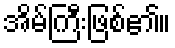
အိမ်ကြီးဖြစ်၏။